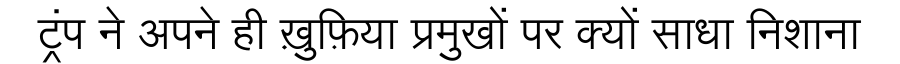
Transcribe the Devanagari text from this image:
ट्रंप ने अपने ही ख़ुफ़िया प्रमुखों पर क्यों साधा निशाना